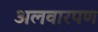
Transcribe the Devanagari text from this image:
अलवारपण